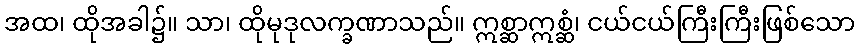
အထ၊ ထိုအခါ၌။ သာ၊ ထိုမုဒုလက္ခဏာသည်။ ဣစ္ဆာဣစ္ဆံ၊ ငယ်ငယ်ကြီးကြီးဖြစ်သော